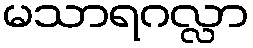
မသာရဂလ္လာ